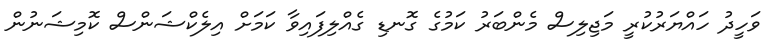
ވަހީދު ހައްޔަރުކުރީ މަޖިލިސް މެންބަރު ކަމުގެ ގޮނޑި ގެއްލިފައިވާ ކަމަށް އިލެކްޝަންސް ކޮމިޝަނުން